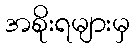
အစိုးရများမှ